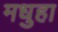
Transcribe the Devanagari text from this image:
मधुहा